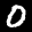
Label: 0